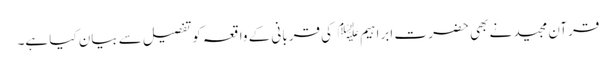
قرآن مجید نے بھی حضر ت ابراہیم ﷤ کی قربانی کے واقعہ کوتفصیل سے بیان کیا ہے۔